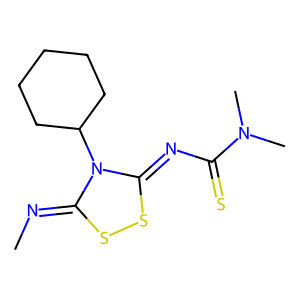
SMILES: CN=c1ssc(=NC(=S)N(C)C)n1C1CCCCC1
Inhibits HIV replication: No